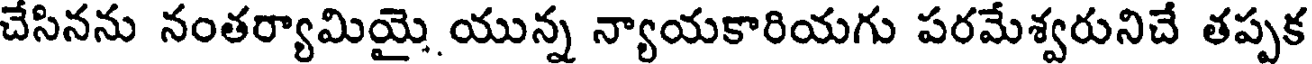
చేసినను నంతర్యామియై యున్న న్యాయకారియగు పరమేశ్వరునిచే తప్పక